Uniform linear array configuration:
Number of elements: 64
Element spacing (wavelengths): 0.5
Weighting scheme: hann
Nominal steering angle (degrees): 60
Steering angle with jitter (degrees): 59.431
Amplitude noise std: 0.05
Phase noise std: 0.05

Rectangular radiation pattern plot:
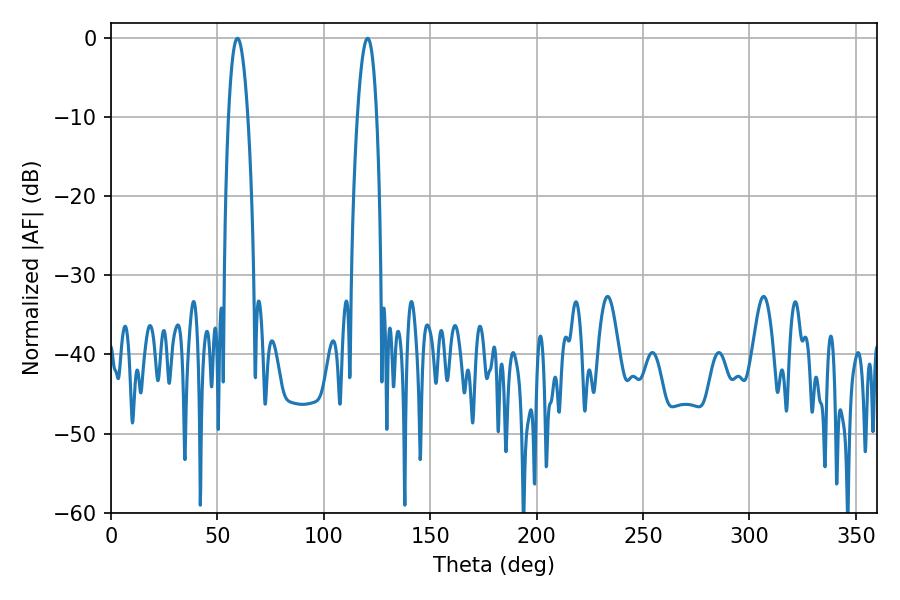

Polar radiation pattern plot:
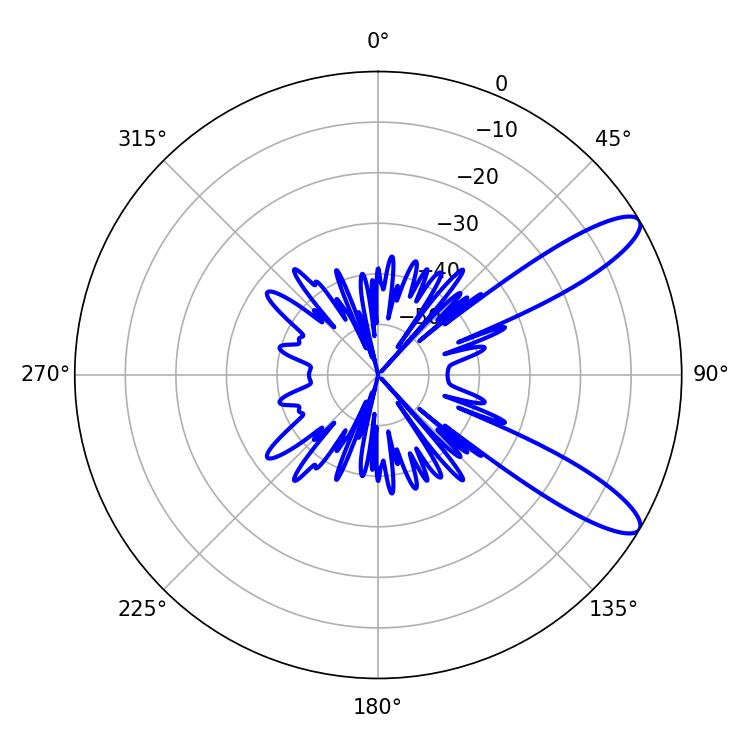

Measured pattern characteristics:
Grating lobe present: FALSE
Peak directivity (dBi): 10.885
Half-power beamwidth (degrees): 5.04
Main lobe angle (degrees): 59.4